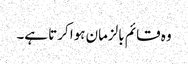
وہ قائم بالزمان ہوا کرتا ہے۔